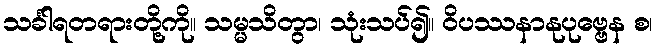
သင်္ခါရတရားတို့ကို။ သမ္မသိတွာ၊ သုံးသပ်၍။ ဝိပဿနာနုပုဗ္ဗေန စ၊